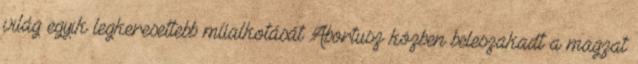
világ egyik legkeresettebb műalkotását Abortusz közben beleszakadt a magzat